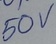
Text: 50V